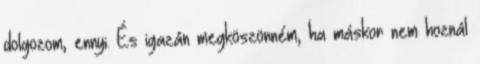
dolgozom, ennyi. És igazán megköszönném, ha máskor nem hoznál